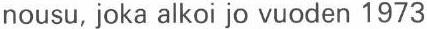
nousu, joka alkoi jo vuoden 1973